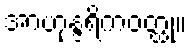
အာဟုန္ဒရိကဝတ္ထု။